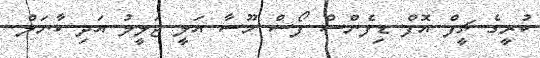
ކުރީގެ ޗީފް އޮފް ޑިފެންސް ފޯސް މޫސާ އަލީ ޖަލީލު އަދި ކާނަލް